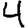
Digit: 4